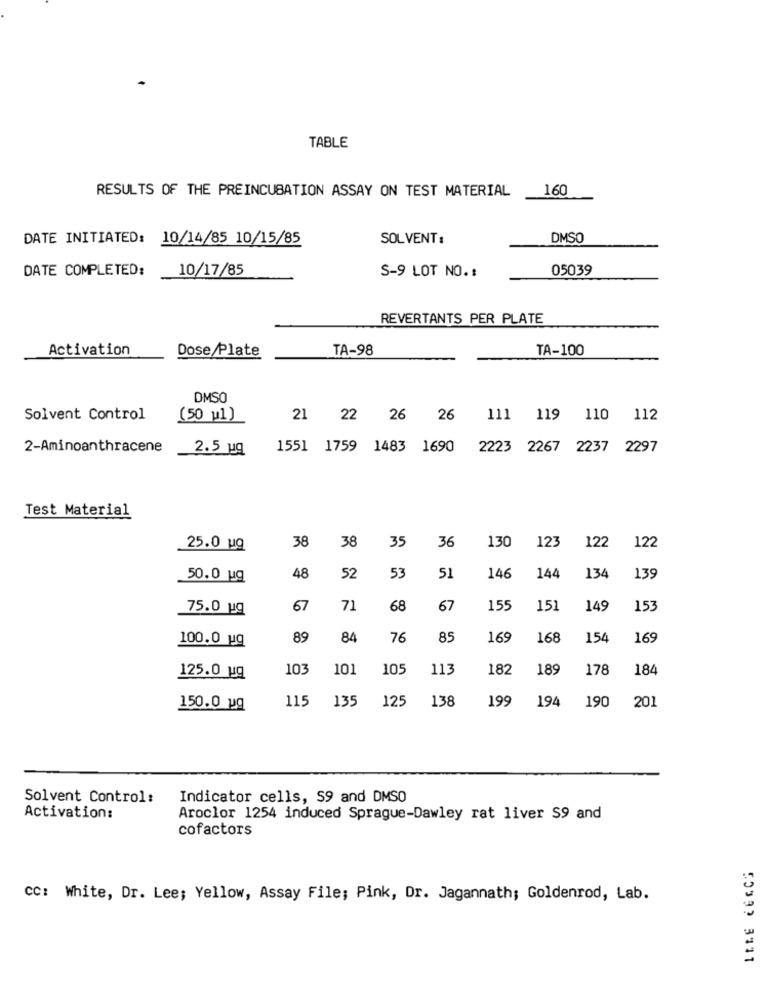
TABLE
160
RESULTS OF THE PREINCUBATION ASSAY ON TEST MATERIAL
DATE INITIATED: 10/14/85 10/15/85
SOLVENT:
DMSO
DATE COMPLETED:
10/17/85
05039
S-9 LOT NO. :
REVERTANTS PER PLATE
Activation
Dose Plate
TA-98
TA-100
DMSO
Solvent Control
(50 u1)
21
22 26 26
111 119
110
112
2-Aminoanthracene
2.5 uq
1551 1759 1483 1690
2223 2267 2237 2297
Test Material
38
38
36
130
123
122
25.0 ug
35
122
50.0 ug
48
52
53
51
146
144
134
139
75.0 ug
67
71
68
67
155
151
149
153
100.0 ug
89
84
76
85
169
168
154
169
103
101
105
113
182
189
178
184
125.0 uq
115
135
125
138
199
194
190
150.0 pq
201
Solvent Control:
Indicator cells, 59 and DMSO
Activation:
Aroclor 1254 induced Sprague-Dawley rat liver S9 and
cofactors
CC: White, Dr. Lee; Yellow, Assay File; Pink, Dr. Jagannath; Goldenrod, Lab.